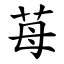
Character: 苺